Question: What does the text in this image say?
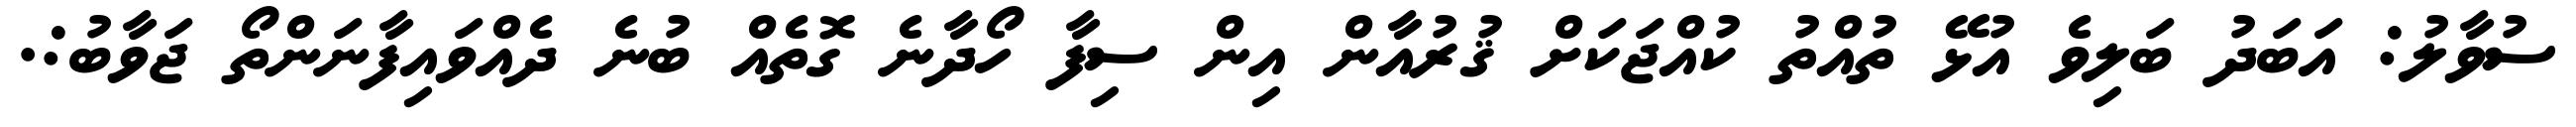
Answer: ސުވާލު: އަބަދު ބަލިވެ އުޅޭ ތުއްތު ކުއްޖަކަށް ޤުރުއާން އިން ސިފާ ހޯދާނެ ގޮތެއް ބުނެ ދެއްވައިފާނަންތޯ ޖަވާބު:.